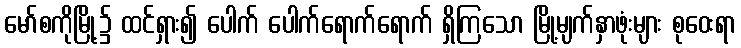
မော်စကိုမြို့၌ ထင်ရှား၍ ပေါက် ပေါက်ရောက်ရောက် ရှိကြသော မြို့မျက်နှာဖုံးများ စုဝေးရာ